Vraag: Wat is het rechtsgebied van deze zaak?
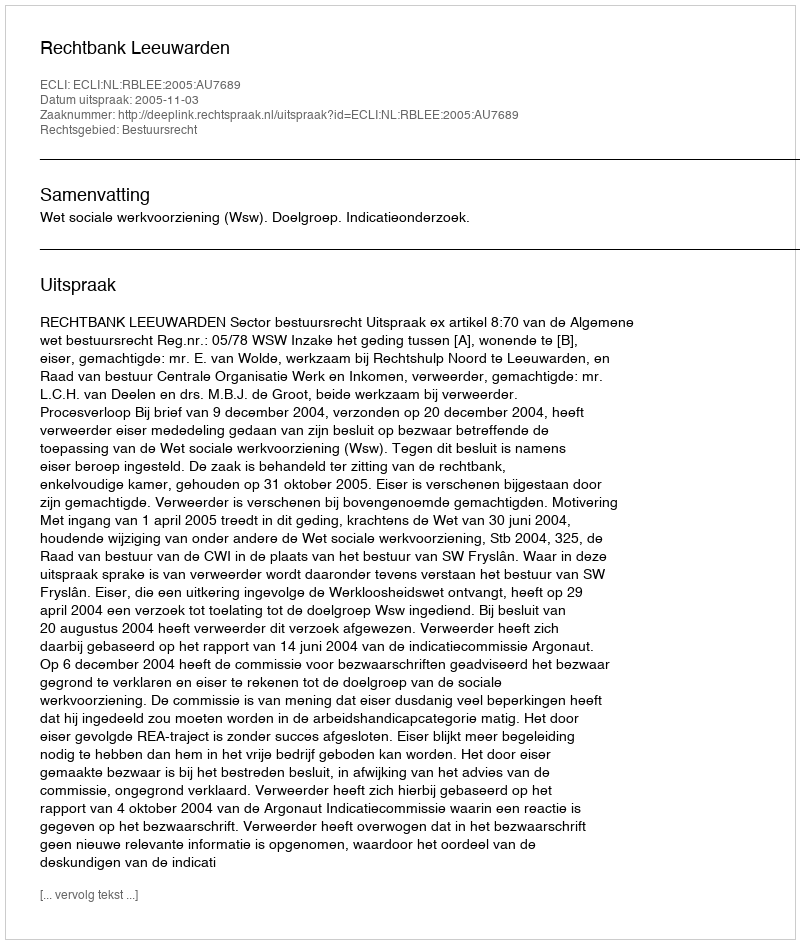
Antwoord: Bestuursrecht